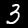
Label: 3